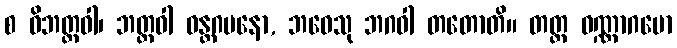
စ ဝိဘတ္တဝါ၊ ဘတ္တဝါ ဝန္တဂမနော, ဘဝေသု ဘဂဝါ တတောတိ။ တတ္ထ ဝဏ္ဏာဂမော